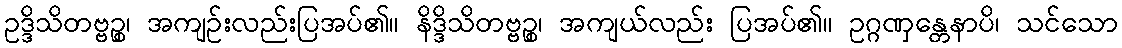
ဥဒ္ဒိသိတဗ္ဗဉ္စ၊ အကျဉ်းလည်းပြအပ်၏။ နိဒ္ဒိသိတဗ္ဗဉ္စ၊ အကျယ်လည်း ပြအပ်၏။ ဥဂ္ဂဏှန္တေနာပိ၊ သင်သော